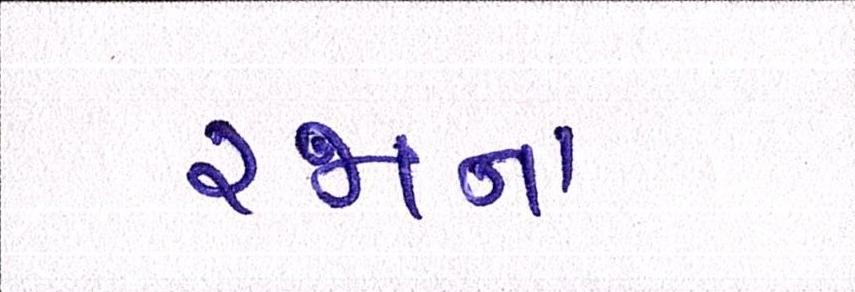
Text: રજાના